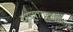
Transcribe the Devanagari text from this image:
पास्ताफ़ारियों